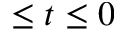
\leq t \leq 0